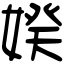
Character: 𡞳